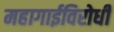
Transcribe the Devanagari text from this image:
महागाईविरोधी